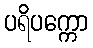
ပရိပက္ကော